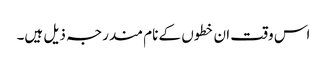
اس وقت ان خطوں کے نام مندرجہ ذیل ہیں۔